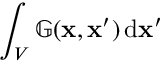
\int _ { V } \mathbb { G } ( \mathbf { x } , \mathbf { x } ^ { \prime } ) \, \mathrm { d } \mathbf { x } ^ { \prime }